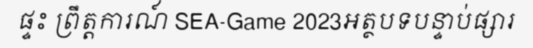
ផ្ទះ ព្រឹត្តការណ៍ SEA-Game 2023អត្ថបទបន្ទាប់ផ្សារ